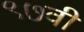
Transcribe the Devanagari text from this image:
९७वी